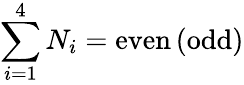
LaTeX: \sum_{i=1}^{4}N_{i}=\mathrm{even\, (odd)}